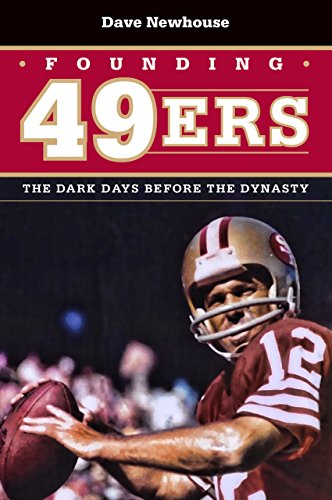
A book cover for Founding 49ers: The Dark Days Before the Dynasty; Dave Newhouse; Sports & Outdoors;